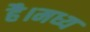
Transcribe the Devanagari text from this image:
है।मध्य